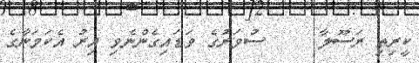
ކީރިތި ރަސޫލާ     ސުވަރުގެ ވަޑައިގެންނެވި އިރު އެކަމަނާގެ